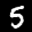
Label: 5